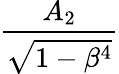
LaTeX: \frac{A_{2}}{\sqrt{1-\beta^{4}}}